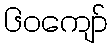
၆၀ကျော်